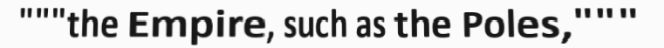
"""the Empire, such as the Poles,"""